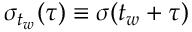
\sigma _ { t _ { w } } ( \tau ) \equiv \sigma ( t _ { w } + \tau )